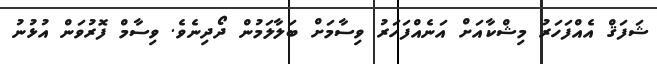
ޝަފަޤް އެއްފަހަރު މިޝްކާއަށް އަނެއްފަހަރު ވިސާމަށް ބަލާލަމުން ދޯދިނެވެ. ވިސާމް ފޮރުވަން އުޅުނު